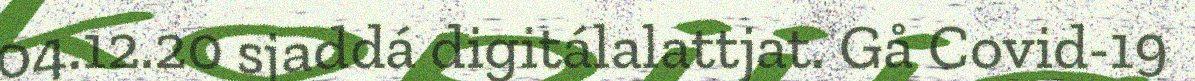
04.12.20 sjaddá digitálalattjat. Gå Covid-19